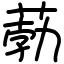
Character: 葧